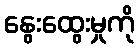
နွေးထွေးမှုကို